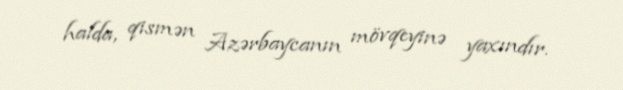
halda, qismən Azərbaycanın mövqeyinə yaxındır.